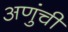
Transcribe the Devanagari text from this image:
अणुंची